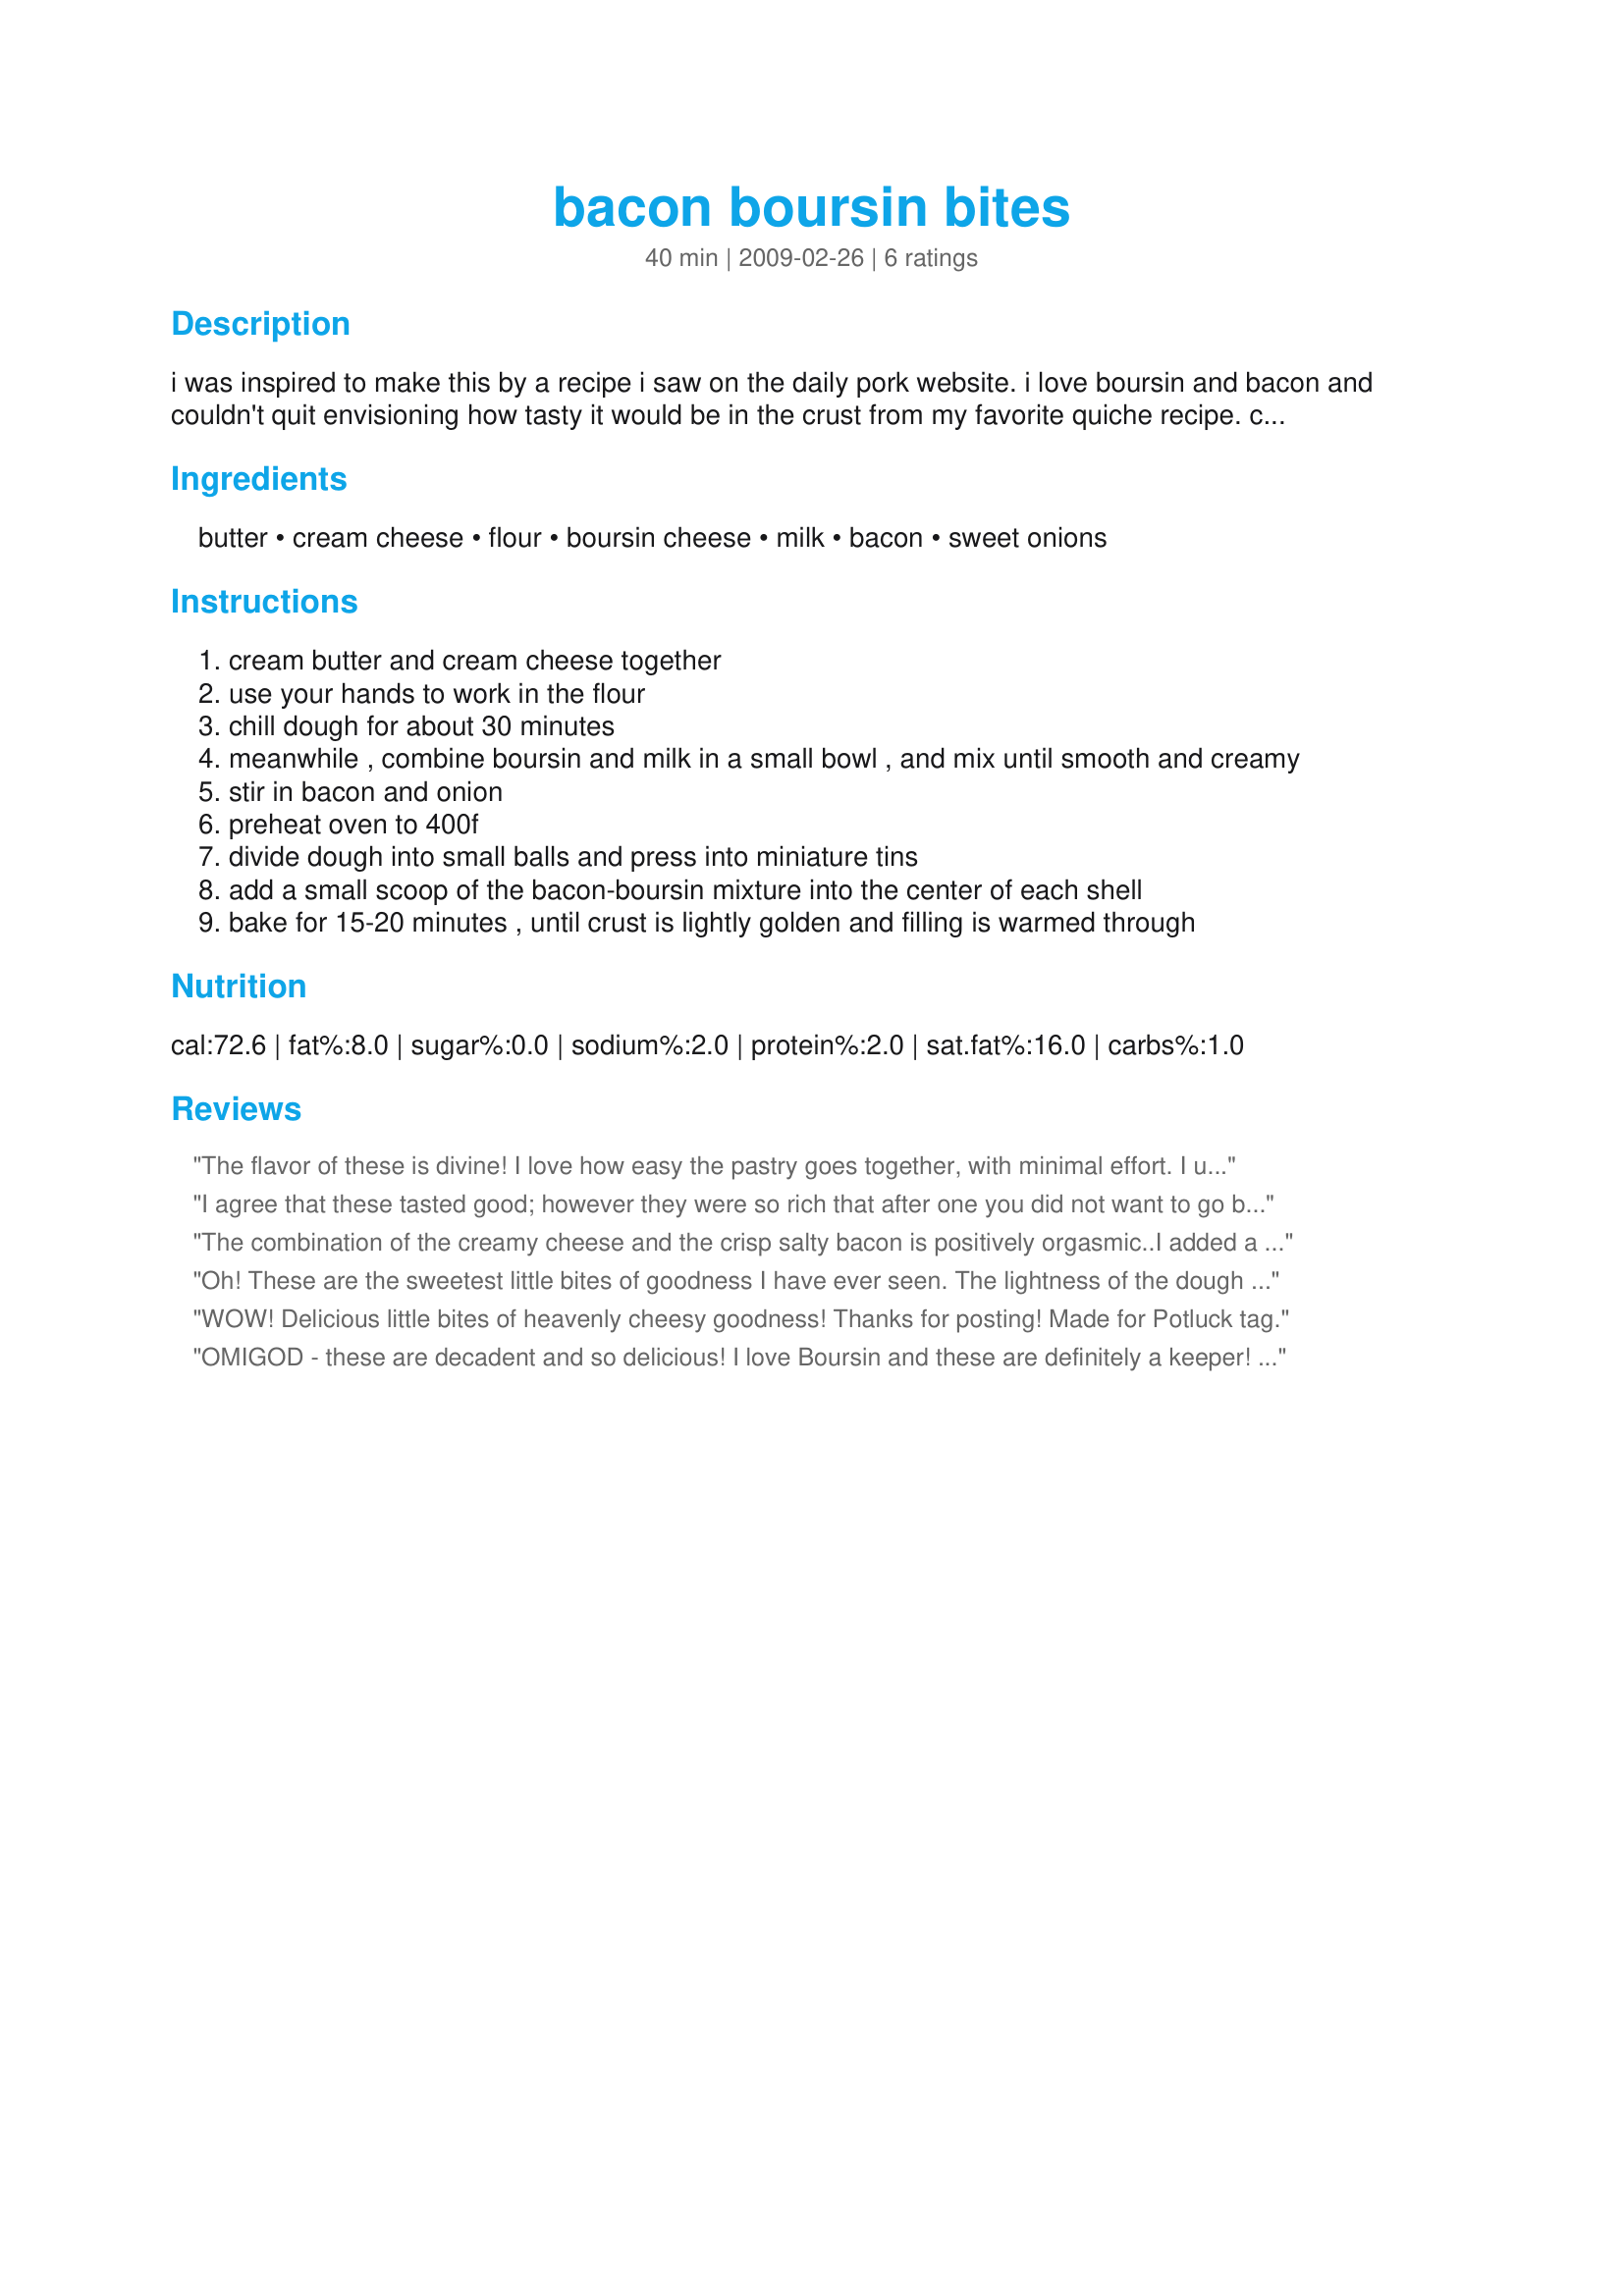
bacon boursin bites
Preparation time: 40 minutes

i was inspired to make this by a recipe i saw on the daily pork website. i love boursin and bacon and couldn't quit envisioning how tasty it would be in the crust from my favorite quiche recipe. cook time does not include chilling time for dough.

Ingredients:
butter, cream cheese, flour, boursin cheese, milk, bacon, sweet onions

Steps:
cream butter and cream cheese together
use your hands to work in the flour
chill dough for about 30 minutes
meanwhile , combine boursin and milk in a small bowl , and mix until smooth and creamy
stir in bacon and onion
preheat oven to 400f
divide dough into small balls and press into miniature tins
add a small scoop of the bacon-boursin mixture into the center of each shell
bake for 15-20 minutes , until crust is lightly golden and filling is warmed through

Reviews:
The flavor of these is divine! I love how easy the pastry goes together, with minimal effort. I used pepper Boursin cheese, as that is what I had on hand. It was very complimentary to the bacon and onions. I did reduce my oven temp to 375, as I only have dark mini-muffin tins; they cooked for 19 minutes. These would be great for a casual get-together or for a more elegant party. Thanks for sharing, Starrynews!
I agree that these tasted good; however they were so rich that after one you did not want to go back for more. Additionally, they were not so practical as a party treat because you only make 12 and the cost of the ingredients makes them quite the costly little treat.
The combination of the creamy cheese and the crisp salty bacon is positively orgasmic..I added a bit of Sun-dried tomatoes
Oh! These are the sweetest little bites of goodness I have ever seen. The lightness of the dough mixed w/ the flour, cream cheese, and butter is divine. I greased my hands a bit with the butter, and pressed the dough into the tins after letting sit for about 3 hours since I was busy with another project. The only boursin I had in the fridge was the "light" but I didn't notice any difference in the final product. I used some sliced fresh green onions instead of the sweet onion but other then that produced a wonderful, tasteful, delightful bite of goodness all in one. Just make sure your dough is chilled and you too, will be one happy camper. Made for *Flower Power* June 2009.
WOW! Delicious little bites of heavenly cheesy goodness! Thanks for posting! Made for Potluck tag.
OMIGOD - these are decadent and so delicious! I love Boursin and these are definitely a keeper! I made them for fun appetizers just for me and my BF. Totally a special treat!
